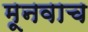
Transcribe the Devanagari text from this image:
मूनवाच